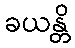
ခယန္တိ